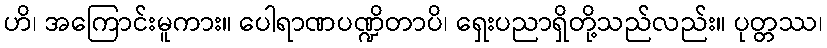
ဟိ၊ အကြောင်းမူကား။ ပေါရာဏပဏ္ဍိတာပိ၊ ရှေးပညာရှိတို့သည်လည်း။ ပုတ္တဿ၊